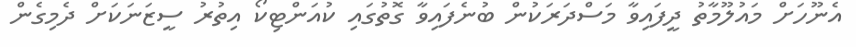
އެނޫހަށް މައުލޫމާތު ދީފައިވާ މަސްދަރަކުން ބުނެފައިވާ ގޮތުގައި ކުއަންޓިކޯ އިތުރު ސީޒަނަކަށް ދެމިގެން